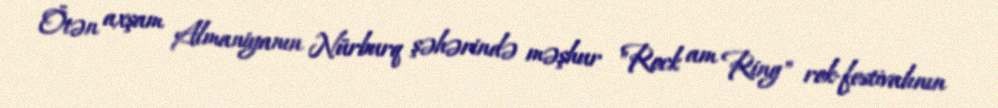
Ötən axşam Almaniyanın Nürburq şəhərində məşhur "Rock am Ring" rok-festivalının